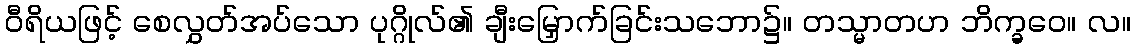
ဝီရိယဖြင့် စေလွှတ်အပ်သော ပုဂ္ဂိုလ်၏ ချီးမြှောက်ခြင်းသဘော၌။ တသ္မာတဟ ဘိက္ခဝေ။ လ။